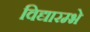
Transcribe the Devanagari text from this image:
विद्यारम्भे